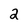
Character: 2